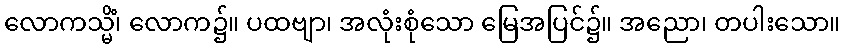
လောကသ္မိံ၊ လောက၌။ ပထဗျာ၊ အလုံးစုံသော မြေအပြင်၌။ အညော၊ တပါးသော။